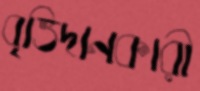
বৃত্তিদানকারী